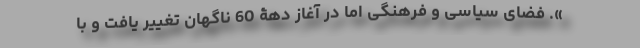
». فضای سیاسی و فرهنگی اما در آغاز دهۀ 60 ناگهان تغییر یافت و با